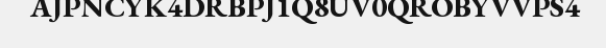
AJPNCYK4DRBPJ1Q8UV0QROBYVVPS4